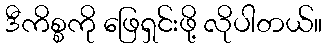
ဒီကိစ္စကို ဖြေရှင်းဖို့ လိုပါတယ်။